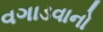
વગાડવાનો